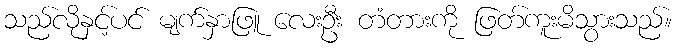
သည်လိုနှင့်ပင် မျက်နှာဖြူ လေးဦး တံတားကို ဖြတ်ကူးမိသွားသည်။